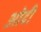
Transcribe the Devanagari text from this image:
ओदी